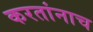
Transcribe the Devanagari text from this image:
करतांनाच